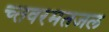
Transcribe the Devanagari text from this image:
च्तवरमतजल